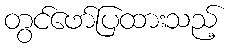
တွင်ဖော်ပြထားသည့်